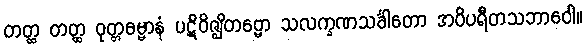
တတ္ထ တတ္ထ ဝုတ္တဓမ္မာနံ ပဋိဝိဇ္ဈိတဗ္ဗော သလက္ခဏသင်္ခါတော အဝိပရီတသဘာဝေါ။